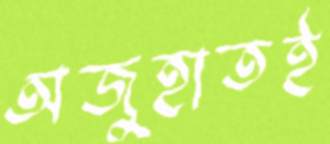
অজুহাতই